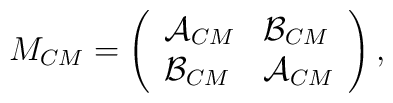
M_{CM}=\left(\begin{array}{ll}\mathcal{A}_{CM} & \mathcal{B}_{CM} \\\mathcal{B}_{CM} & \mathcal{A}_{CM}\end{array}\right) ,